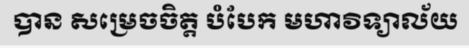
បាន សម្រេចចិត្ត បំបែក មហាវិទ្យាល័យ